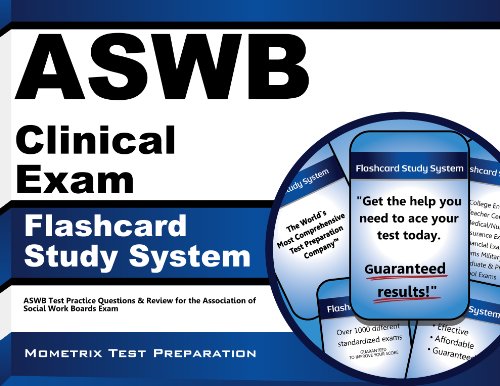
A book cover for ASWB Clinical Exam Flashcard Study System: ASWB Test Practice Questions & Review for the Association of Social Work Boards Exam (Cards); ASWB Exam Secrets Test Prep Team; Test Preparation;